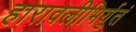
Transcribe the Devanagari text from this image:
हारावलीभिर्युतं